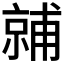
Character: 𬽙